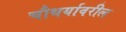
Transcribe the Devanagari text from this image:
चौथर्यावरील